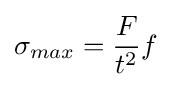
\sigma _{max}={\frac {F}{t^{2}}}f